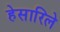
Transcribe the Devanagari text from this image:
हेसारिले